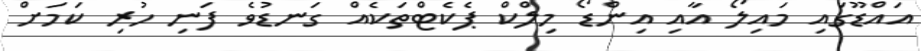
އައްޑޫގައި މައިލޯ އާއި އިންޑޯ މިލްކް ޕެކެޓްތަކެއް ގަނޑުވެ ފަނި ހުރި ކަމަށް